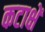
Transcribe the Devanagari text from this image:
कटाक्षें